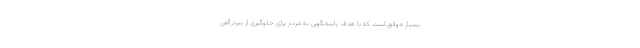
بسیار موفق است که با هدف پاسخگویی به مردم برای جلوگیری از سردرگمی